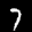
Label: 7